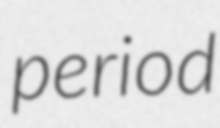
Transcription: period